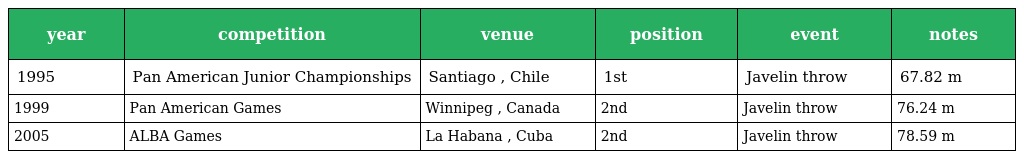
| year | competition | venue | position | event | notes |
 | --- | --- | --- | --- | --- | --- |
 | 1995 | Pan American Junior Championships | Santiago , Chile | 1st | Javelin throw | 67.82 m |
 | 1999 | Pan American Games | Winnipeg , Canada | 2nd | Javelin throw | 76.24 m |
 | 2005 | ALBA Games | La Habana , Cuba | 2nd | Javelin throw | 78.59 m |